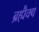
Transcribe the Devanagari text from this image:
ब्रह्मैक्य